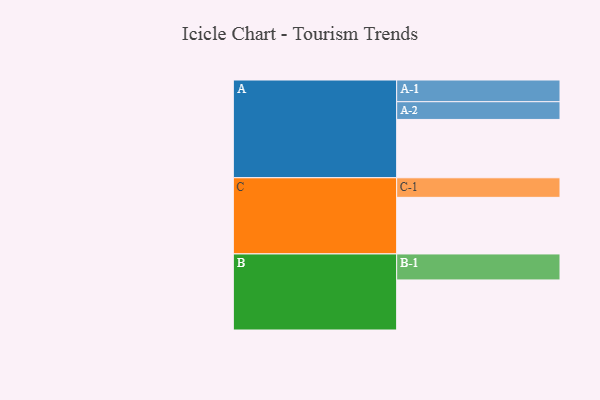
{"axis": {"x": "Segment", "y": "Value"}, "legend": ["", "A", "B", "C"], "data": [{"x": "A", "y": 599, "type": ""}, {"x": "B", "y": 514, "type": ""}, {"x": "C", "y": 581, "type": ""}, {"x": "A-1", "y": 223, "type": "A"}, {"x": "A-2", "y": 182, "type": "A"}, {"x": "B-1", "y": 267, "type": "B"}, {"x": "C-1", "y": 201, "type": "C"}]}